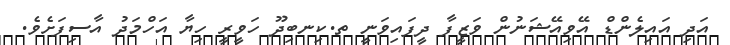
އަދި އައިލެންޑް އޭވިއޭޝަނުން ވަޒީފާ ދީފައިވަނީ ތ.ކިނބިދޫ ހަވީރީ ހިޔާ އަހްމަދު އާސިފަށެވެ.